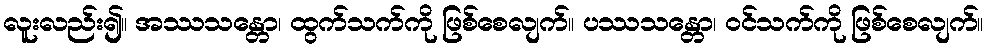
လူးလည်း၍။ အဿသန္တော၊ ထွက်သက်ကို ဖြစ်စေလျက်။ ပဿသန္တော၊ ဝင်သက်ကို ဖြစ်စေလျက်။